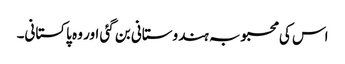
اس کی محبوبہ ہندوستانی بن گئی اور وہ پاکستانی۔